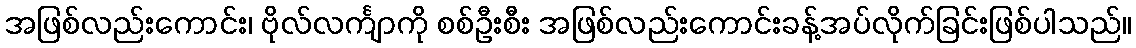
အဖြစ်လည်းကောင်း၊ ဗိုလ်လင်္ကျာကို စစ်ဦးစီး အဖြစ်လည်းကောင်းခန့်အပ်လိုက်ခြင်းဖြစ်ပါသည်။